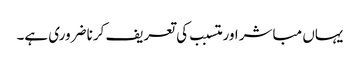
یہاں مباشر اور متسبب کی تعریف کرنا ضروری ہے۔